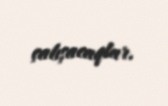
çalışacaqlar.